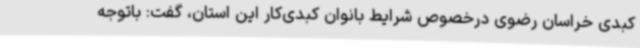
کبدی خراسان رضوی درخصوص شرایط بانوان کبدی‌کار این استان، گفت: باتوجه